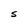
Character: S